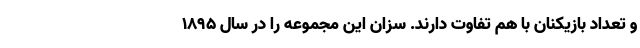
و تعداد بازیکنان با هم تفاوت دارند. سزان این مجموعه را در سال ۱۸۹۵